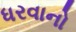
ધરવાનો